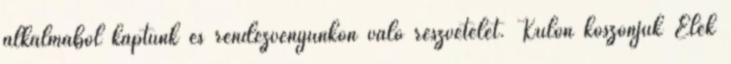
alkalmából kaptunk és rendezvényünkön való részvételét. Külön köszönjük Elek